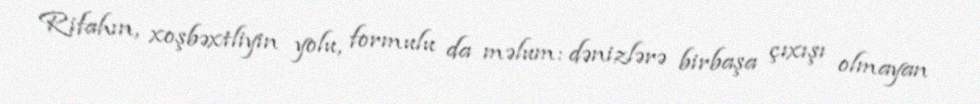
Rifahın, xoşbəxtliyin yolu, formulu da məlum: dənizlərə birbaşa çıxışı olmayan